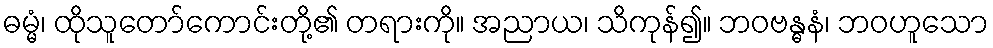
ဓမ္မံ၊ ထိုသူတော်ကောင်းတို့၏ တရားကို။ အညာယ၊ သိကုန်၍။ ဘဝဗန္ဓနံ၊ ဘဝဟူသော